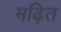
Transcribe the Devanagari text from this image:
मढ़ित